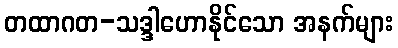
တထာဂတ-သဒ္ဒါဟောနိုင်သော အနက်များ